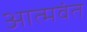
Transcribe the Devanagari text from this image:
आत्मवंत